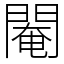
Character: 閹